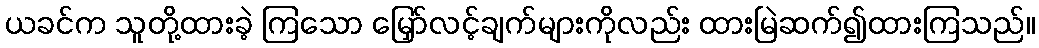
ယခင်က သူတို့ထားခဲ့ ကြသော မြှော်လင့်ချက်များကိုလည်း ထားမြဲဆက်၍ထားကြသည်။